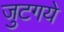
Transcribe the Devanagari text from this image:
जुटगये